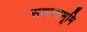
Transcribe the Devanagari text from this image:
साधनाभूमि